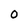
Character: 0